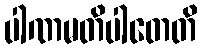
ပါဏမတိပါတေတိ